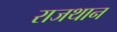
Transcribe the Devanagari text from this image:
राजथान